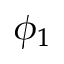
\phi _ { 1 }